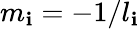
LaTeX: m_{\mathbf{i}}=-1/l_{\mathbf{i}}